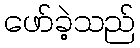
ဖော်ခဲ့သည်